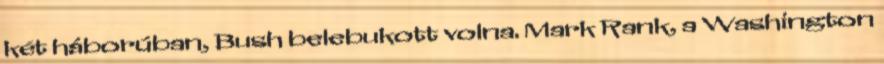
két háborúban, Bush belebukott volna. Mark Rank, a Washington